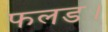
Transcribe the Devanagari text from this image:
फलड।